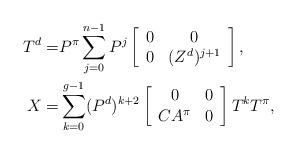
LaTeX: \begin{align*} T^{d}=&P^\pi\sum_{j=0}^{n-1}P^j\left[\begin{array}{cc} 0 & 0 \\ 0 & (Z^d)^{j+1} \end{array}\right],\\ X=&\sum_{k=0}^{g-1}(P^{d})^{k+2}\left[\begin{array}{cc} 0& 0 \\ CA^\pi & 0 \end{array}\right]T^{k}T^{\pi},\\ \end{align*}